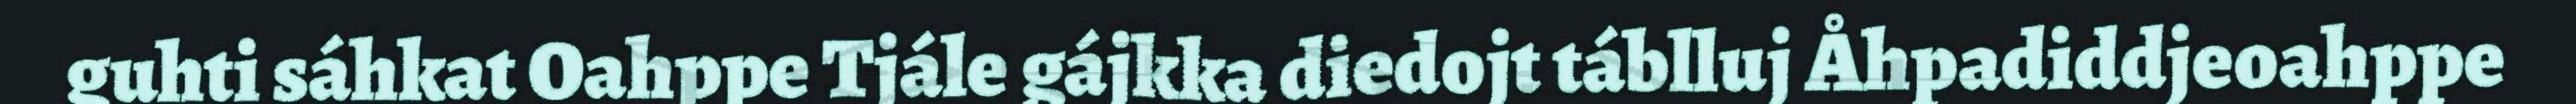
guhti sáhkat Oahppe Tjále gájkka diedojt táblluj Åhpadiddjeoahppe